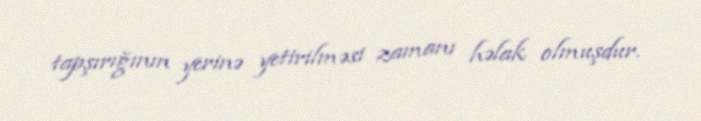
tapşırığının yerinə yetirilməsi zamanı həlak olmuşdur.